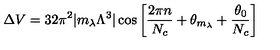
\Delta V = 3 2 \pi ^ { 2 } | m _ { \lambda } \Lambda ^ { 3 } | \cos \left[ { \frac { 2 \pi n } { N _ { c } } } + \theta _ { m _ { \lambda } } + { \frac { \theta _ { 0 } } { N _ { c } } } \right]